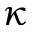
\kappa